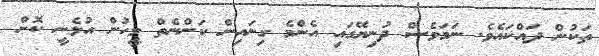
ތަކުން ދައްކައެވެ. ނަމަވެސް ދުނިޔޭގައި އެންމެ ގިނައިން ކަންނެތް މީހުން އުޅެނީ ކޮން